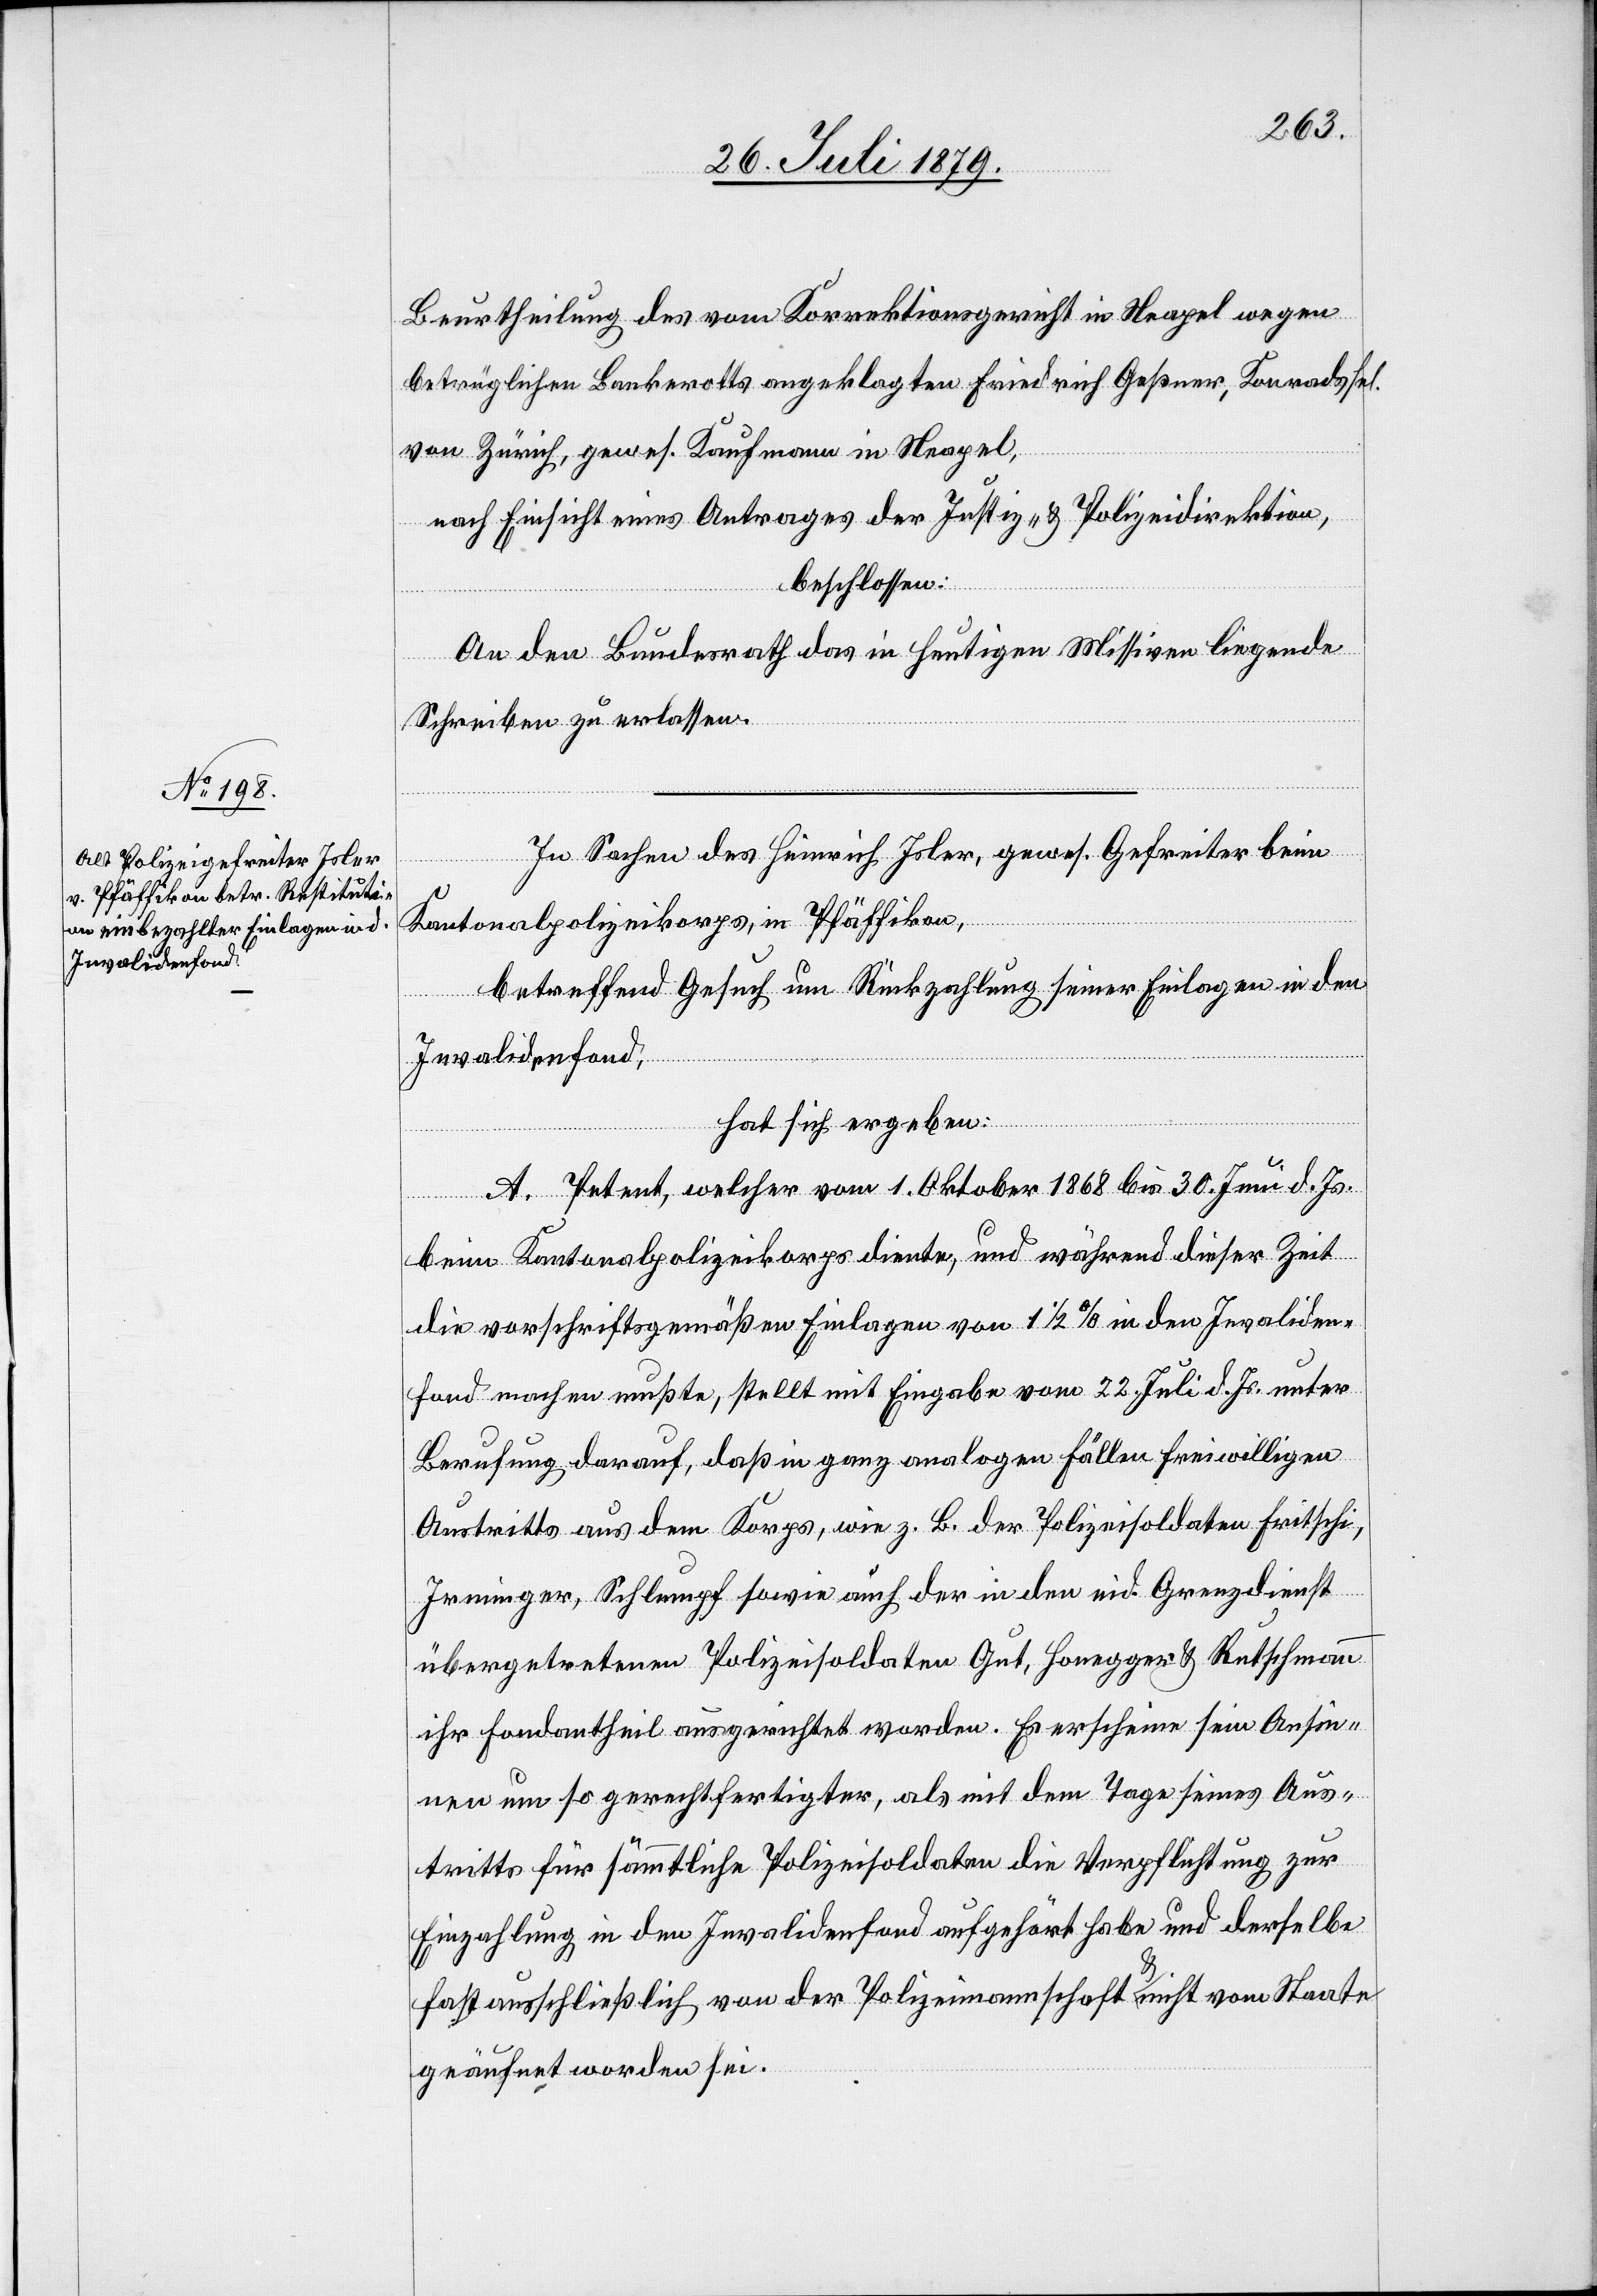
Beurtheilung des vom Korrektionsgericht in Neapel wegen
beträglichen Bankerotts angeklagten Friedrich Geßner, Konrads sel.
von Zürich, gewes. Kaufmann in Neapel,
nach Einsicht eines Antrages der Justiz- & Polizeidirektion,
beschlossen:
An den Bundesrath das in heutigen Missiven liegende
Schreiben zu erlassen.
In Sachen des Heinrich Isler, gewes. Gefreiter beim
Kantonalpolizeikorps, in Pfäffikon,
betreffend Gesuch um Rückzahlung seiner Einlagen in den
Invalidenfond,
hat sich ergeben:
A. Petent, welcher vom 1. Oktober 1868 bis 30. Juni d. Js.
beim Kantonalpolizeikorps diente, und während dieser Zeit
die vorschriftsgemäßen Einlagen von 1 1/2% in den Invaliden¬
fond machen mußte, stellt mit Eingabe vom 22. Juli d. Js. unter
Berufung darauf, daß in ganz analogen Fällen freiwilligen
Austritts aus dem Korps, wie z. B. der Polizeisoldaten Fritschi,
Irminger, Schlumpf sowie auch der in den eid Grenzdienst
übergetretenen Polizeisoldaten Gut, Honegger & Rutschmann
ihr Fondantheil ausgerichtet worden. Es erscheine sein Ansin¬
nen um so gerechtfertigter, als mit dem Tage seines Aus¬
tritts für sämmtliche Polizeisoldaten die Verpflichtung zur
Einzahlung in den Invalidenfond aufgehört habe und derselbe
fast ausschließlich von der Polizeimannschaft & nicht vom Staate
geäufnet worden sei.